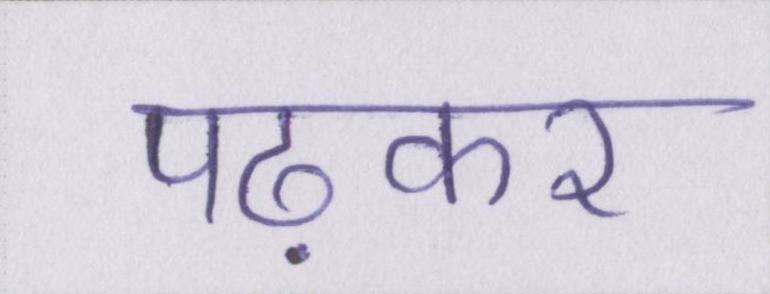
पढ़कर